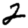
Digit: 2